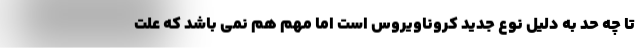
تا چه حد به دلیل نوع جدید کروناویروس است اما مهم هم نمی باشد که علت